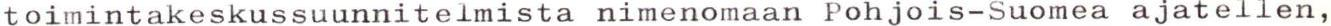
toimintakeskussuunnitelmista nimenomaan Pohjois-Suomea ajatellen,